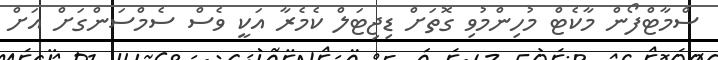
ސްމާޓްފޯން މާކެޓް މުހިންމުވި ގޮތަށް ޑިޖިޓަލް ކެމެރާ އަކީ ވެސް ސެމްސަންގަށް އަށް